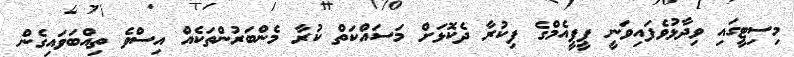
މިސިޓީގައި ވިދާޅުވެފައިވަނީ ޕީޕީއެމްގެ ފިކުރާ ދެކޮޅަށް މަސައްކަތް ކުރާ މެންބަރުންތަކެއް އިސްވެ ތިއްބަވައިގެން